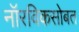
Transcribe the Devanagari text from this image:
नॉरविकसोबत